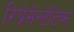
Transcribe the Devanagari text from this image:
रिप्रेसेन्टेटिव्स्